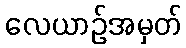
လေယာဉ်အမှတ်